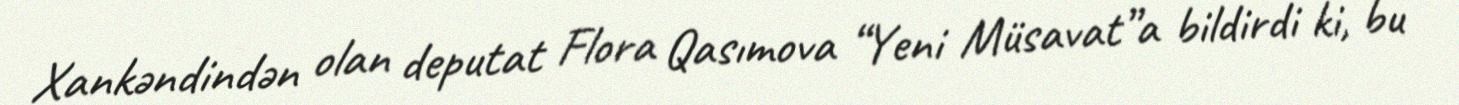
Xankəndindən olan deputat Flora Qasımova “Yeni Müsavat”a bildirdi ki, bu